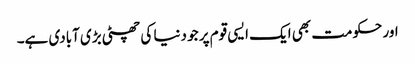
اور حکومت بھی ایک ایسی قوم پر جو دنیا کی چھٹی بڑی آبادی ہے۔